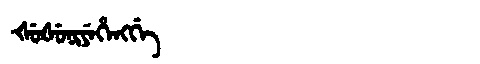
Manchu: ᡧᡠᡧᡠᠨᡳᠶᡝᡥᡝᠩᡤᡝ
Romanization: ŠUŠUNIYEHENGGE